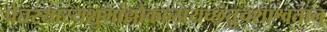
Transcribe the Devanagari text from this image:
प्रेतस्यास्यशुभांल्लोकान्प्रयच्छंतुचशाश्वतान्